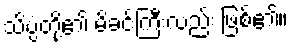
သိပ္ပံတို့၏ မိခင်ကြီးလည်း ဖြစ်၏။